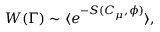
W ( \Gamma ) \sim \langle e ^ { - S ( C _ { \mu } , \phi ) } \rangle ,